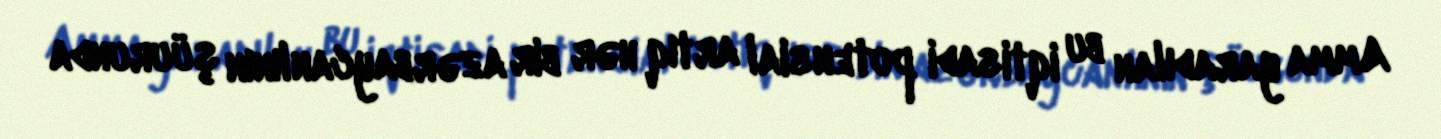
Amma yaradılan bu iqtisadi potensial artıq hər bir azərbaycanlının şüurunda